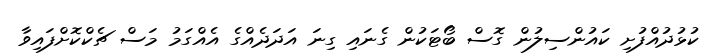
ކުޅުދުއްފުށި ކައުންސިލުން ގޮސް ބޯޓަކުން ގެނައި ގިނަ އަދަދެއްގެ އެއްގަމު މަސް ޗެކްކޮށްފައިވާ